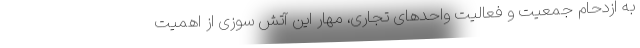
به ازدحام جمعیت و فعالیت واحدهای تجاری، مهار این آتش سوزی از اهمیت